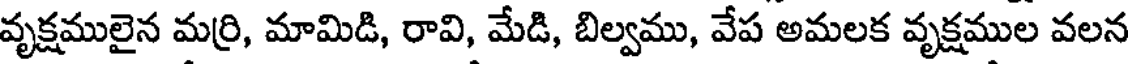
వృక్షములైన మర్రి, మామిడి, రావి, మేడి, బిల్వము, వేప అమలక వృక్షముల వలన